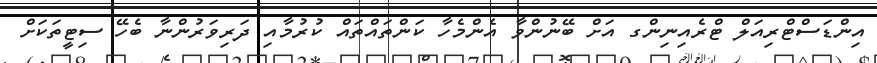
އިންޑަސްޓްރިއަލް ޓްރެއިނިންގ އަށް ބޭނުންވާ އެންމެހާ ކަންތައްތައް ކުރުމާއި ދަރިވަރުންނާ ބެހޭ ސިޓީތަކަށް